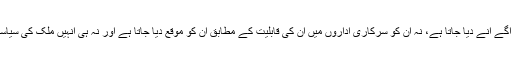
نہ مسیحیوں کو تعلیم میں آگے آنے دیا جاتا ہے، نہ اُن کو سرکاری اداروں میں اُن کی قابلیت کے مطابق اُن کو موقع دیا جاتا ہے اور نہ ہی اُنہیں ملک کی سیاست کا حصہ بنایا جاتا ہے۔